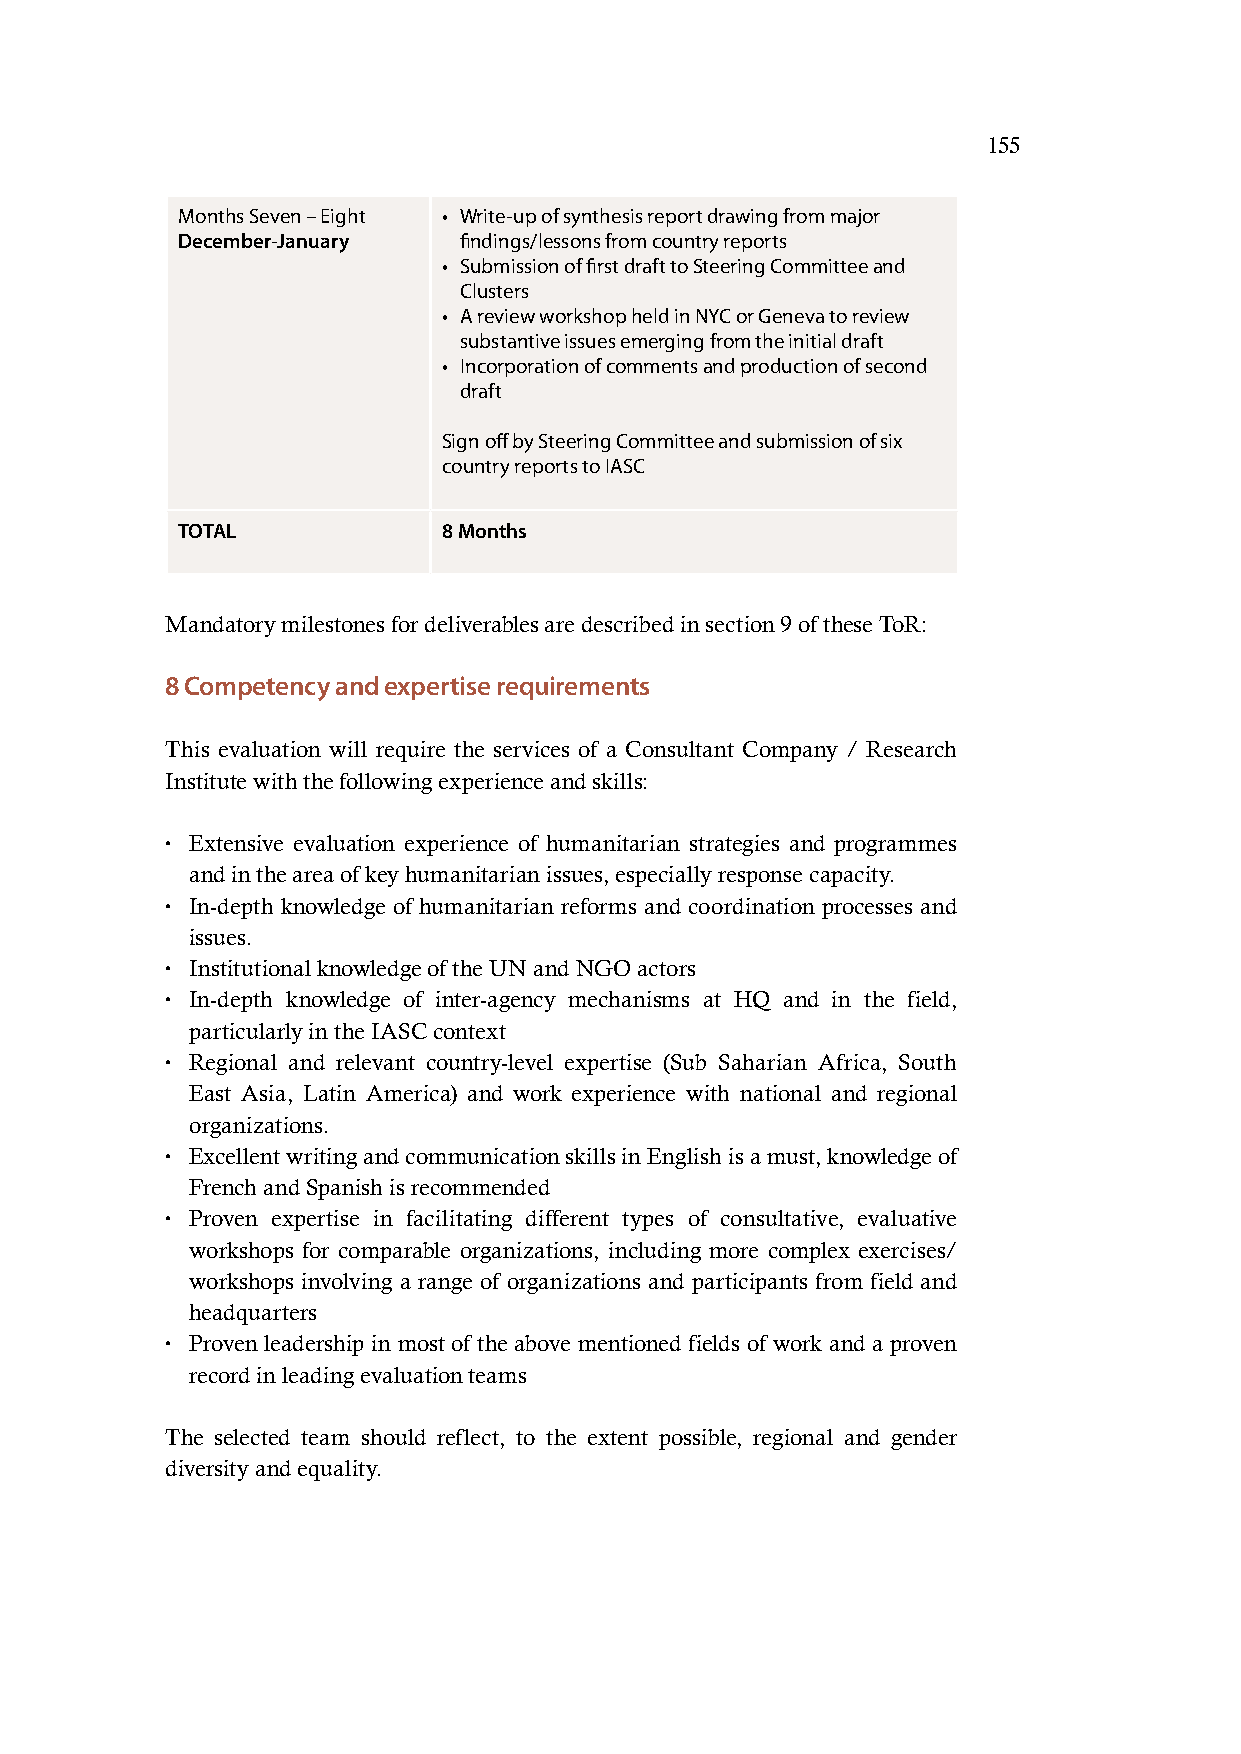
155
 Months Seven – Eight • Write-up of synthesis report drawing from major
 December-January  findings/lessons from country reports
 • Submission of first draft to Steering Committee and
 Clusters
 • A review workshop held in NYC or Geneva to review
 substantive issues emerging from the initial draft
 • Incorporation of comments and production of second
 draft
 Sign off by Steering Committee and submission of six
 country reports to IASC
 TOTAL            8 Months
 Mandatory milestones for deliverables are described in section 9 of these ToR:
 8 Competency and expertise requirements
 This evaluation will require the services of a Consultant Company / Research
 Institute with the following experience and skills:
 • Extensive evaluation experience of humanitarian strategies and programmes
 and in the area of key humanitarian issues, especially response capacity.
 • In-depth knowledge of humanitarian reforms and coordination processes and
 issues.
 • Institutional knowledge of the UN and NGO actors
 • In-depth knowledge of inter-agency mechanisms at HQ and in the field,
 particularly in the IASC context
 • Regional and relevant country-level expertise (Sub Saharian Africa, South
 East Asia, Latin America) and work experience with national and regional
 organizations.
 • Excellent writing and communication skills in English is a must, knowledge of
 French and Spanish is recommended
 • Proven expertise in facilitating different types of consultative, evaluative
 workshops for comparable organizations, including more complex exercises/
 workshops involving a range of organizations and participants from field and
 headquarters
 • Proven leadership in most of the above mentioned fields of work and a proven
 record in leading evaluation teams
 The selected team should reflect, to the extent possible, regional and gender
 diversity and equality.